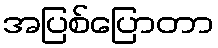
အပြစ်ပြောတာ